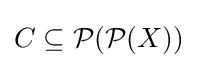
C\subseteq {\mathcal {P}}({\mathcal {P}}(X))